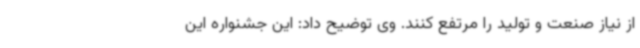
از نیاز صنعت و تولید را مرتفع کنند. وی توضیح داد: این جشنواره این